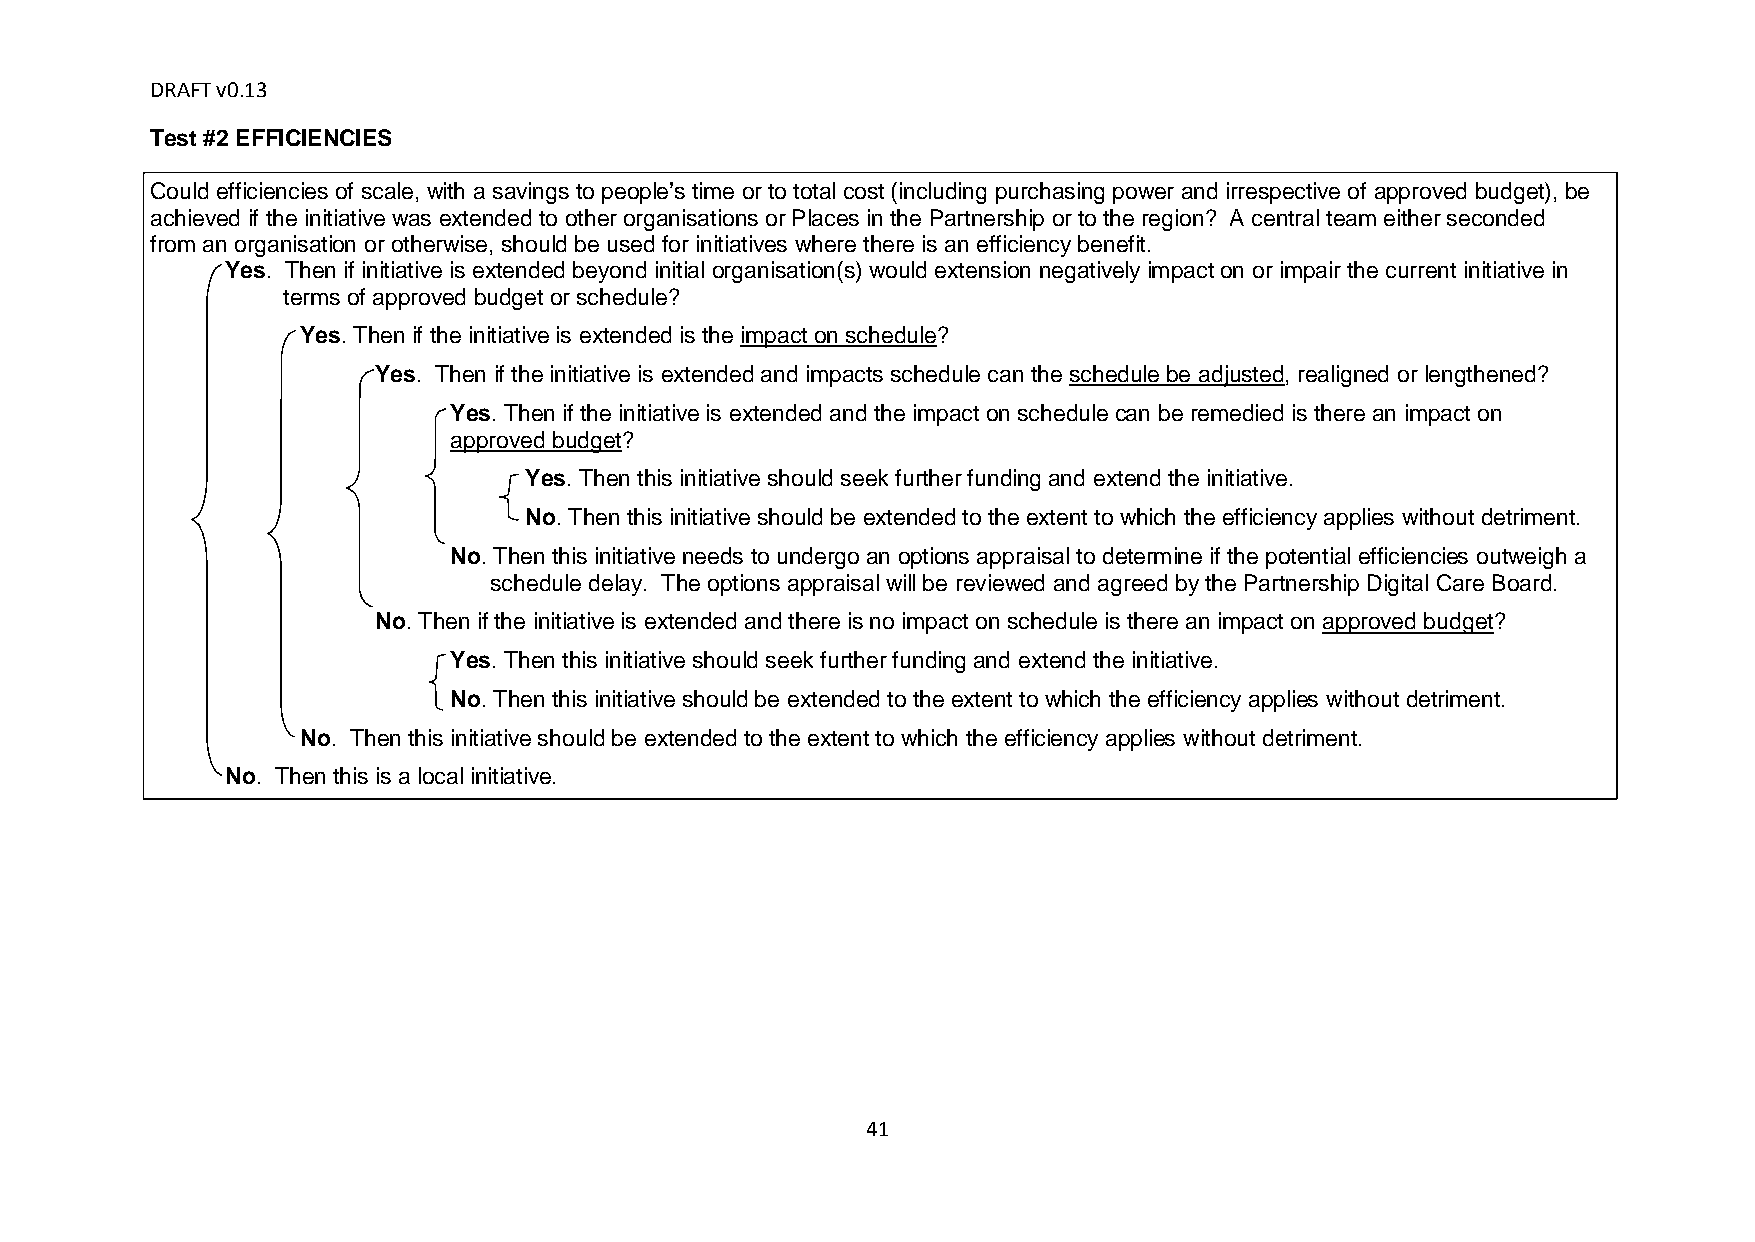
DRAFT v0.13
 Test #2 EFFICIENCIES
 Could efficiencies of scale, with a savings to people’s time or to total cost (including purchasing power and irrespective of approved budget), be
 achieved if the initiative was extended to other organisations or Places in the Partnership or to the region? A central team either seconded
 from an organisation or otherwise, should be used for initiatives where there is an efficiency benefit.
 Yes. Then if initiative is extended beyond initial organisation(s) would extension negatively impact on or impair the current initiative in
 terms of approved budget or schedule?
 Yes. Then if the initiative is extended is the impact on schedule?
 Yes. Then if the initiative is extended and impacts schedule can the schedule be adjusted, realigned or lengthened?
 Yes. Then if the initiative is extended and the impact on schedule can be remedied is there an impact on
 approved budget?
 Yes. Then this initiative should seek further funding and extend the initiative.
 No. Then this initiative should be extended to the extent to which the efficiency applies without detriment.
 No. Then this initiative needs to undergo an options appraisal to determine if the potential efficiencies outweigh a
 schedule delay. The options appraisal will be reviewed and agreed by the Partnership Digital Care Board.
 No. Then if the initiative is extended and there is no impact on schedule is there an impact on approved budget?
 Yes. Then this initiative should seek further funding and extend the initiative.
 No. Then this initiative should be extended to the extent to which the efficiency applies without detriment.
 No. Then this initiative should be extended to the extent to which the efficiency applies without detriment.
 No. Then this is a local initiative.
 41